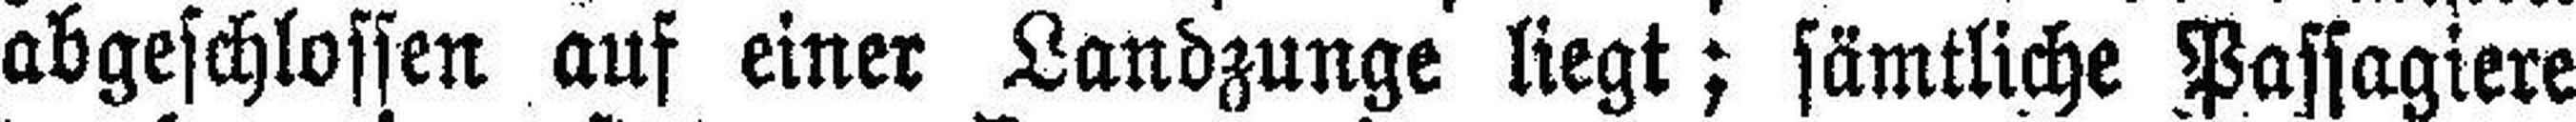
abgeschlossen auf einer Landzunge liegt; sämtliche Passagiere